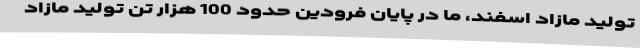
تولید مازاد اسفند، ما در پایان فرودین حدود 100 هزار تن تولید مازاد